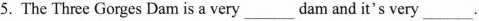
5. The Three Gorges Dam is avery_dam and it's very ___ .